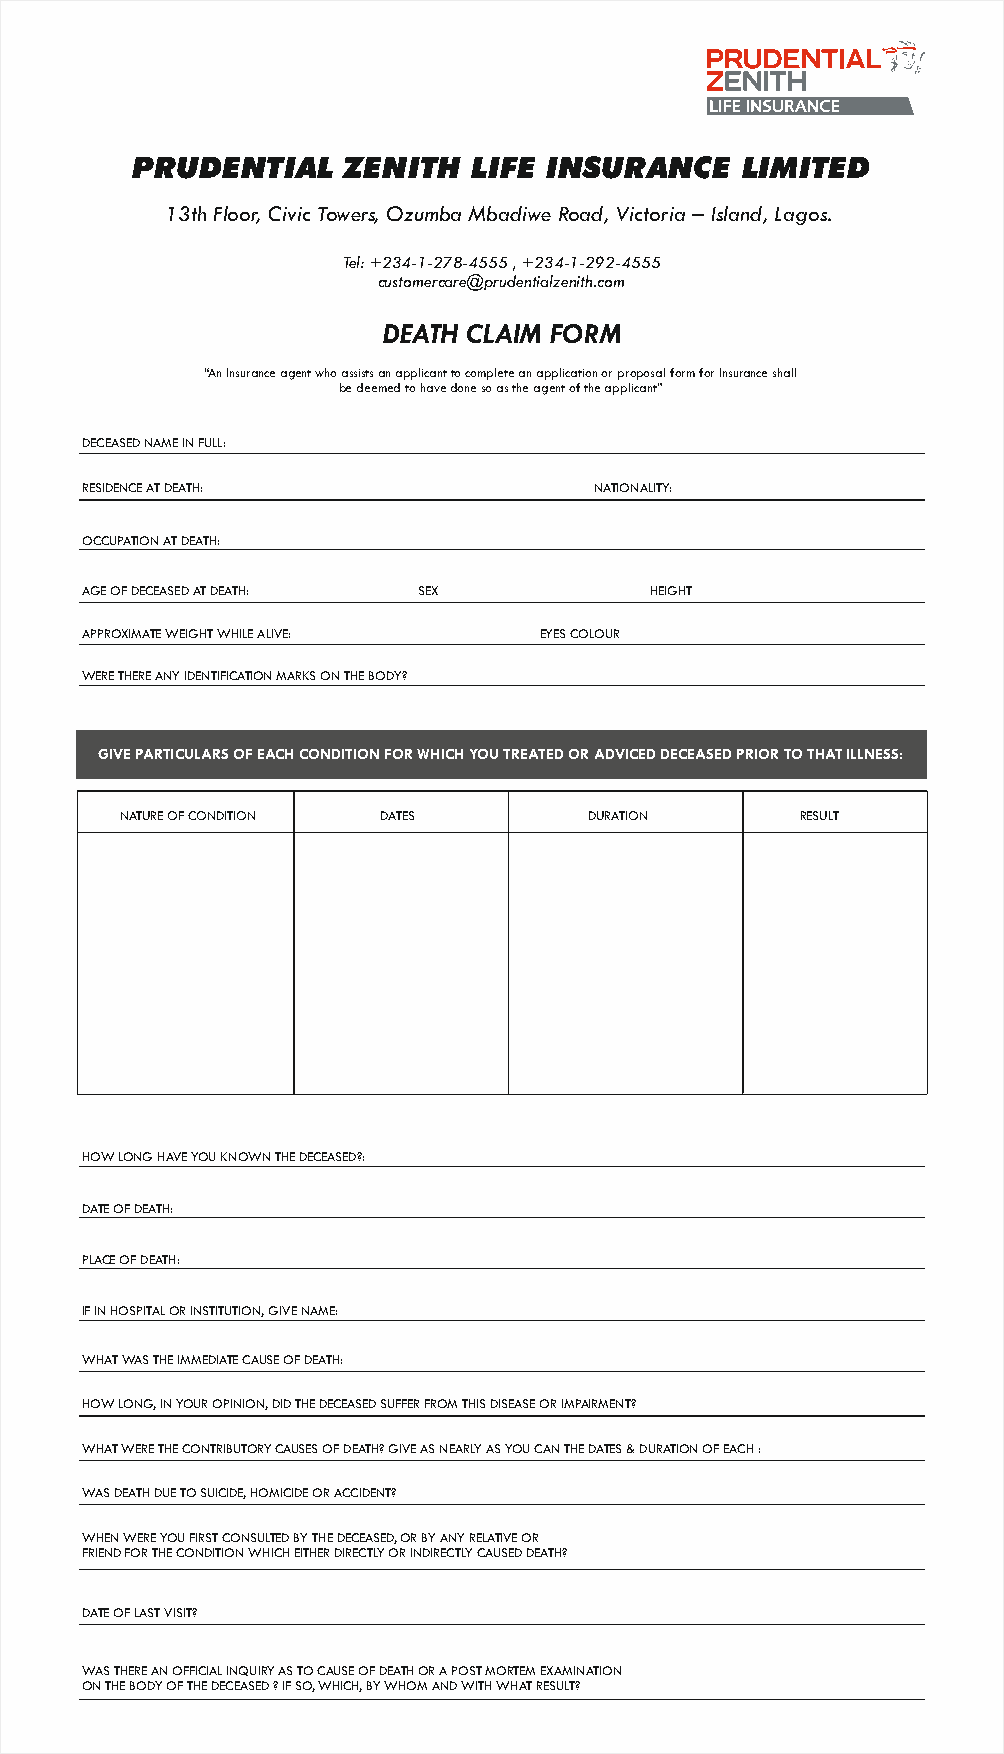
PRUDENTIAL    ZENITH  LIFE INSURANCE    LIMITED
 13th Floor, Civic Towers, Ozumba Mbadiwe Road, Victoria – Island, Lagos.
 Tel: +234-1-278-4555 , +234-1-292-4555
 customercare@prudentialzenith.com
 DEATH CLAIM FORM
 “An Insurance agent who assists an applicant to complete an application or proposal form for Insurance shall
 be deemed to have done so as the agent of the applicant”
 DECEASED NAME IN FULL:
 RESIDENCE AT DEATH:               NATIONALITY:
 OCCUPATION AT DEATH:
 AGE OF DECEASED AT DEATH: SEX         HEIGHT
 APPROXIMATE WEIGHT WHILE ALIVE: EYES COLOUR
 WERE THERE ANY IDENTIFICATION MARKS ON THE BODY?
 GIVE PARTICULARS OF EACH CONDITION FOR WHICH YOU TREATED OR ADVICED DECEASED PRIOR TO THAT ILLNESS:
 NATURE OF CONDITION DATES      DURATION      RESULT
 HOW LONG HAVE YOU KNOWN THE DECEASED?:
 DATE OF DEATH:
 PLACE OF DEATH:
 IF IN HOSPITAL OR INSTITUTION, GIVE NAME:
 WHAT WAS THE IMMEDIATE CAUSE OF DEATH:
 HOW LONG, IN YOUR OPINION, DID THE DECEASED SUFFER FROM THIS DISEASE OR IMPAIRMENT?
 WHAT WERE THE CONTRIBUTORY CAUSES OF DEATH? GIVE AS NEARLY AS YOU CAN THE DATES & DURATION OF EACH :
 WAS DEATH DUE TO SUICIDE, HOMICIDE OR ACCIDENT?
 WHEN WERE YOU FIRST CONSULTED BY THE DECEASED, OR BY ANY RELATIVE OR
 FRIEND FOR THE CONDITION WHICH EITHER DIRECTLY OR INDIRECTLY CAUSED DEATH?
 DATE OF LAST VISIT?
 WAS THERE AN OFFICIAL INQUIRY AS TO CAUSE OF DEATH OR A POST MORTEM EXAMINATION
 ON THE BODY OF THE DECEASED ? IF SO, WHICH, BY WHOM AND WITH WHAT RESULT?